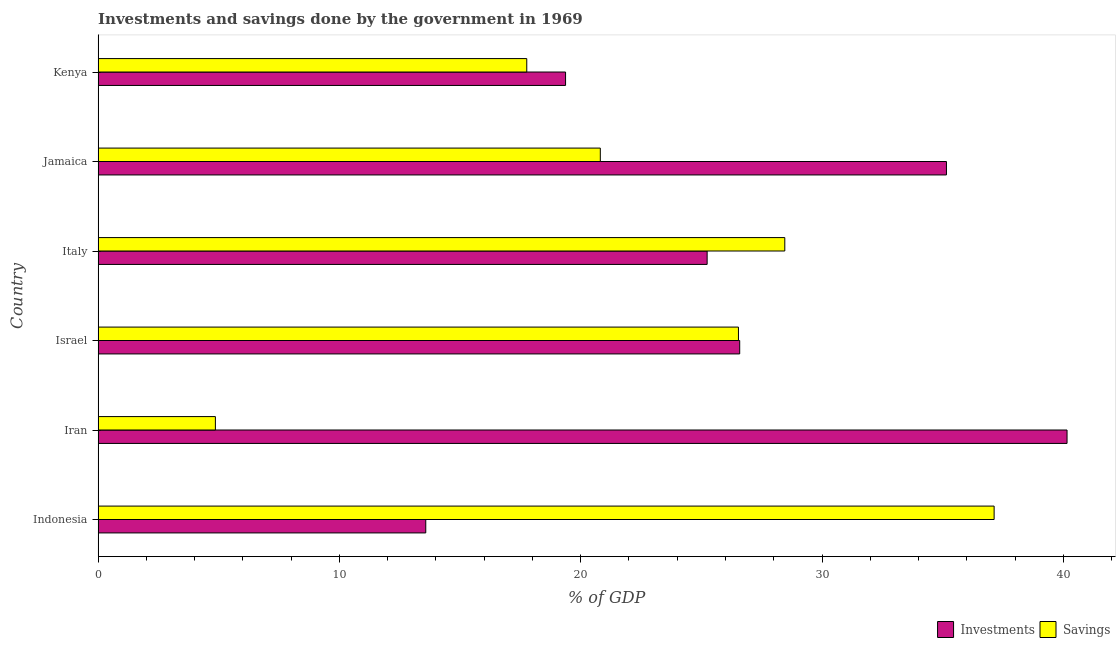
| Country | Investments | Savings |
 | --- | --- | --- |
 | Indonesia | 13.6 | 37.1 |
 | Iran | 40.2 | 4.86 |
 | Israel | 26.6 | 26.5 |
 | Italy | 25.2 | 28.5 |
 | Jamaica | 35.2 | 20.8 |
 | Kenya | 19.4 | 17.8 |